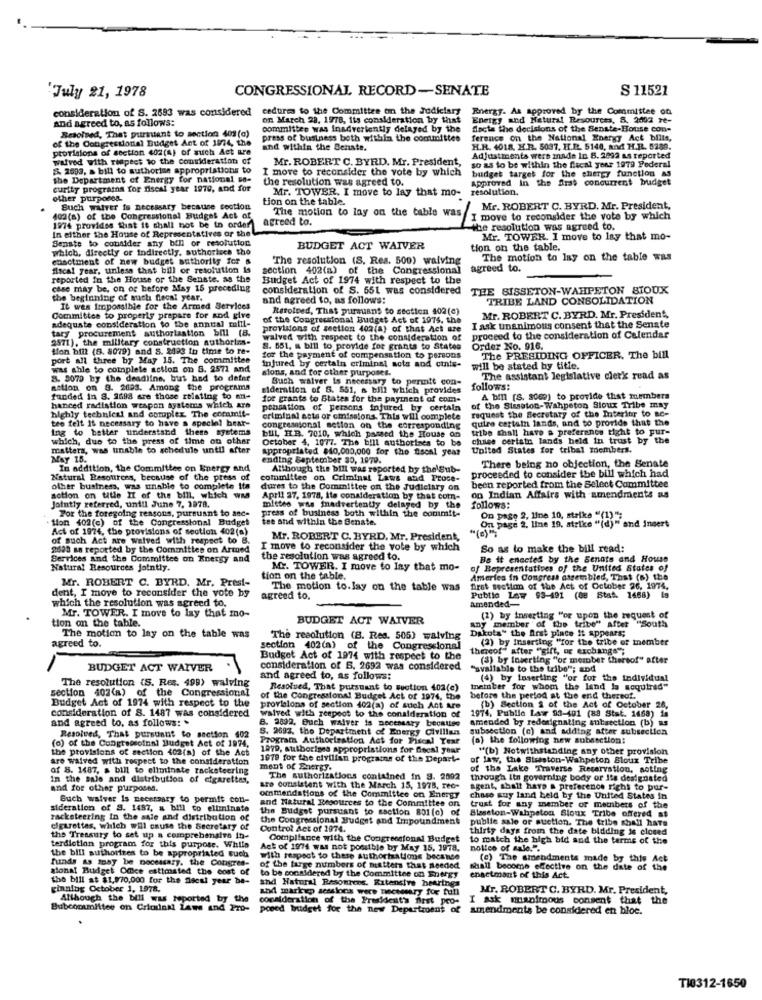
CONGRESSIONAL RECORD-SENATE
S 11521
July 21, 1978
consideration of S. 2683 was considered
cedurma to the Committee on the Judiciary
Rnergy. As approved by the Committee of
and agreed to, as follows:
on March 28, 1978, Its consideration by that
Energy and Natural Resources, 8. 2002 re-
Resolved, That pursuant to section 401 (a)
committee was Inadvertently delayed by the
facta the decisions of the Senate-House con-
of the Congressional Budget Act of 1974, the
press of business both within the committee
ference on the National Energy Act bills,
provisions of section 402(6) of such Act are
and within the Senate.
H.R. 4018. H.R. 5037. H.R. 5140, and H.R. 5289.
watved with rispeet to the consideration of
Mr. ROBERT C. BYRD. Mr. President,
Adjustments were made In 8.2892 as reported
& 2693, a bill to authorize appropriations to
I move to reconsider the vote by which
budget target for the energy function as
so as to be within the fiscal your 1979 Federal
the Department of Energy for national so-
the resolution was agreed to.
Approved In the fras concurrent budget
curity programna for fiscal year 1979, and for
Mr. TOWER. I move to lay that mo- resolution.
other purposes
tion on the table.
Such waiver is necessary because section
The motion to lay on the table was
Mr. ROBERT C. BYRD. Mr. President,
402(a) of the Congressional Budget Act of
agreed to.
I move to reconsider the vote by which
1974 provides that it shall not be in order
In either the House of Representatives or the
the resolution was agreed to.
Senate to consider any bill or resolution
Mr. TOWER. I move to lay that mo-
which, directly or indirectly, authorisce the
BUDGET ACT WAIVER
tion on the table.
enactment of new budget authority for a
The resolution (S. Rea. 500) waiving
The motion to lay on the table was
fiscal year, unless that bill or resolution is
section 402(a) of the Congressional
agreed to.
reported In the House or the Senste. as the
Budget Act of 1974 with respect to the
cose may be, on or before May 15 preceding
consideration of S. 551 was considered
THE SISSETON-WAHPETON SIOUX
the beginning of much flecal year.
and agreed to, as follows:
TRIBE LAND CONSOLIDATION
It was Impossible for the Armed Services
Resolved, That pursuant to section 400 (c)
Committee to properly prepare for and give
adequate consideration to the annual mill-
of the Congressional Budget Act of 1975, the
Mr. ROBERT C. BYRD. Mr. President,
tary procurement authorization bill (8.
provisions of section 403(a) of that Ach aze
I ask unanimous consent that the Senate
2571), the military construction authorins-
walved with respect to the consideration of
proceed to the consideration of Calendar
tion bill (6. 8079) and S. 2423 In time to re-
S. 651, a bill to provide for grants to States
Order No. 916.
port all three by May 15. The committee
for the payment of compensation to persons
The PRESIDING OFFICER, The bill
was chle to complete action on S. 2571 and
injured by certain criminal sots and cinis-
sions, and for other purposes.
will be stated by title.
8. 8079 by the deadline, but had to defer
Buch walver is necessary to permit con-
The assistant legislative clerk read as
action on 8. 2693. Among the programa
sideration of 8. 551, a bill which provides
follows:
funded in 8. 9698 are those relating to an-
for grants to States for the payment of com-
A bill (S. 3069) to provide that members
hanced radiation wrapon systems which are
highly technical and complex The commit-
pensation of persons injured by certain
request the Secretary of the Interior to ac-
of the Sissaton- Wahpeton Sioux Tribe may
tee felt 16 necessary to have a speciel bear-
criminal aste or omissions. This will complete
quire cartam lands, and to provide that the
ing to better understand thess systems
congressional setien on the corresponding
tribe shall have a preference right to pur-
which, due to the press of time on other
October 4, 1977. The bill authorizes to be
bHL HR. 7010, which passed the House on
chase certain lands held in trust by the
matters, was unable to schedule until after
appropriated $40,000,000 for the fiscal year
United States for tribal members.
May 15.
ending September 30, 1979.
In addition, the Committee on Energy and
Although the bill was reported by the Sub-
proceeded to consider the bill which had
There being no objection, the Senate
Natural Resources, because of the press of
committee on Criminal Laws and Proce-
been reported from the Select Committee
other business, was unable to complete tta
dures to the Committee on the Judiciary on
action on title II of the bill, which was
April 27. 1978, its consideration by that com-
on Indian Affairs with amendments as
Jointly referred, until June 7, 1978.
For the foregoing reasons, pursuant to aec-
press of business both within the commit-
mittee was madvertently delayed by the
follows:
tion 402(e) of the Congressional Budget
tee and within the Senate.
On page 2, line 10, strike "(1)";
Act of 1974, the provisions of section 402(a)
On page 2. line 19, strike "(d)" and insert
of such Act are walved with respect to B.
Mr. ROBERT C. BYRD. Mr. President,
2625 as reported by the Committee on Artued
I move to reconsider the vote by which
So as to make the bill read:
Services and the Committee on Energy and
the resolution was agreed to.
Bs it enected by the Senats and House
Natural Resources Jointly.
MY. TOWER. I move to lay that mo-
of Representatives of the United States of
Mr. ROBERT C. BYRD. Mr. Presi-
tion on the table.
Ameries in Congress assembled, That (s) the
dent, I move to reconsider the vote by
The motion to.lay on the table was
first section of the Act of October 26, 1974,
which the resolution was agreed to.
agreed to.
Public Low 93-491 (08 Stat. 1458) Is
Mr. TOWER. I move to lay that mo-
Amended-
tion on the table.
BUDGET ACT WAIVER
any member of the tribe" after "South
(2) by inserting "or upon the request of
Dakota" the first pince It appears;
agreed to.
The motion to lay on the table was
The resolution (8. Res. 505) waiving
(2) by inserting "for the tribe of member
section 402(a) of the Congressional
thereof" after "gift, or exchange";
Budget Act of 1974 with respect to the
(3) by Inserting "or member thereof" after
BUDGET ACT WAIVER
consideration of B. 2692 was considered
"available to the tribe"; and
The resolution (S. Res. 499) walving
and agreed to, as follows:
(4) by inserting "or for the individual
section 407(a) of the Congressional
Resolved, That pursuant to section 402(e)
teinter for whom the land la acquired"
Budget Act of 1974 with respect to the
of the Congressional Budget Act of 1974, the
before the period at the end thereof.
consideration of S. 1487 was considered
provisions of section 402(a) of such Ant are
(b) Section & of the Act of October 28,
and agreed to, as follows: .
waived with respect to the consideration of
amended by redesignating subsection (b) as
1974, Public Law 93-401 (88 Stat. 1468) 1%
B. 2892. Buch waiver is necessary because
S. 2092, the Department of Energy Civilian
subsection (c) and adding atter subsection
Resolved, That pursuant to section 402
Program Authorization Act for Fiscal Year
(a) the following new subsection:
(o) of the Congressoinnl Budget Act of 1974,
the provisions of section 402(a) of the Act
1979, statborises appropriations for fiscal year
"(b) Notwithstanding any other provision
are waived with respect to the consideration
1979 for the civilian programs of the Depart-
of law, the Sisiston-Wahpeton Bloux Tribe
of 8. 1487, a bill to eliminate racksteering
ment of Energy.
of the Lake Traverse Reservation, soting
In the sale and distribution of cigarettes,
The authorizations contained in g. 2892
through Its governing body or Its designated
and for other purposes.
are consistent with the March 15, 1978, rec-
agent, shall have a preference richs to pur-
Buch waiver is necessary to permit con-
and Natural Resources to the Committee on
ormandations of the Committee on Energy
chase muy land held by the United States in
sideration of S. 1487, & bill to ellininato
the Budget pursuant to ssction 801(c) of
Blaseton-Wahpeton Sioux Tribe offered at
trust for any member of members of the
racketeering In the sale and distribution of
the Congressional Budget and Impoundment
publie sale or suction. The tribe shall have
cigarettes, which will cause the Secretary of
Control Act of 2974.
thirty days from the date bidding is closed
the Treasury to set up a comprehensive in-
Compliance with the Congressional Budget
to match the high bid and the terms of the
terdiction program for this purpose. While
the bill authorizes to be appropriated tuch
Act of 1974 was not possible by May 15, 1978.
notice of sale.".
funds as may be necessary. the Congres-
with respect to these Authorizations because
(c) The amendments made by this Act
atonal Budget Ofice estimated the cost of
of the large members of matters that needed
misti become effective on the date of the
the bill at $1,970,000 for the Sscel year be-
to be considered by the Committee on Energy
and Natural Resources. Ritensive hearings
enactmant of this Act.
ginning October 1, 1978.
and marinep sessions were necessary for full
Mr. ROBERT C. BYRD. Mr. President,
Although the bill was reported by the
consideration of the President's first pro-
I ask muanimous consent that the
Subcommittee on Criminal Laws and Pro-
posed budget for the new Department of
amendments be considered en bloc.
TI0312-1650